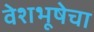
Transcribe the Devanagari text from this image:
वेशभूषेचा